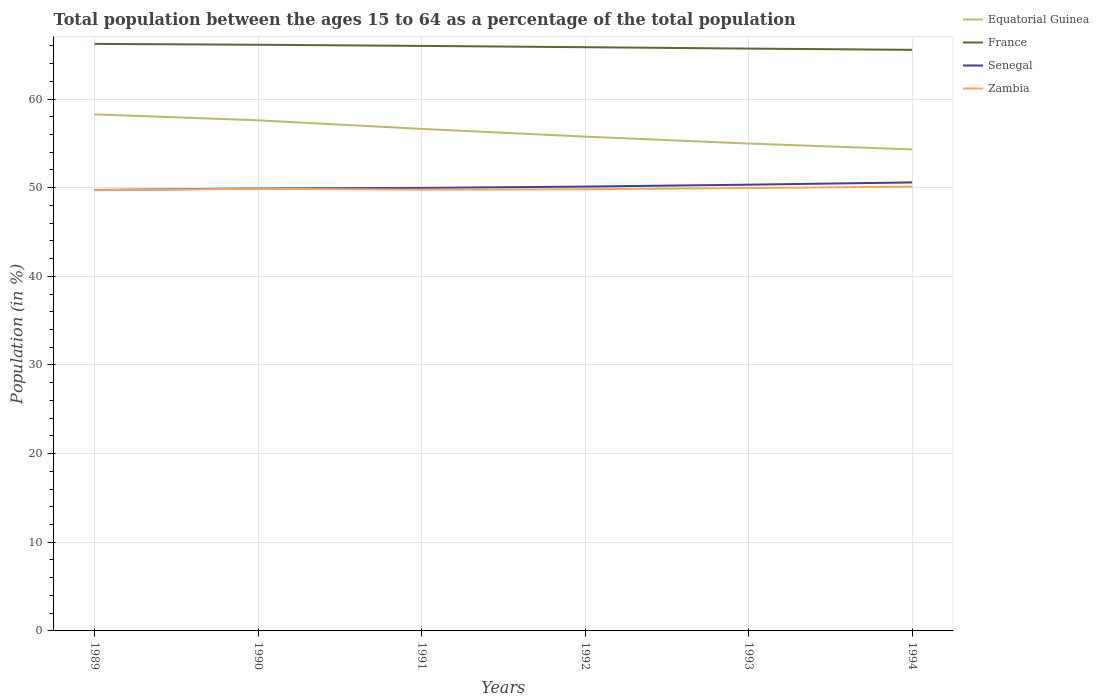
| Years | Equatorial Guinea | France | Senegal | Zambia |
 | --- | --- | --- | --- | --- |
 | 1989 | 58.3 | 66.2 | 49.7 | 49.7 |
 | 1990 | 57.6 | 66.1 | 49.9 | 49.9 |
 | 1991 | 56.6 | 66 | 50 | 49.8 |
 | 1992 | 55.8 | 65.8 | 50.1 | 49.8 |
 | 1993 | 55 | 65.7 | 50.3 | 50 |
 | 1994 | 54.3 | 65.5 | 50.6 | 50.1 |